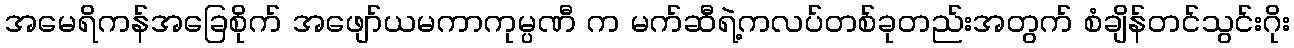
အမေရိကန်အခြေစိုက် အဖျော်ယမကာကုမ္ပဏီ က မက်ဆီရဲ့ကလပ်တစ်ခုတည်းအတွက် စံချိန်တင်သွင်းဂိုး